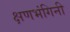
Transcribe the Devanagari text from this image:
क्षणभंगिनी